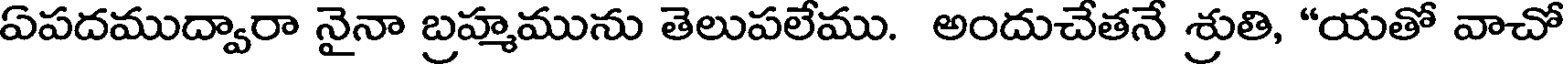
ఏపదముద్వారా నైనా బ్రహ్మమును తెలుపలేము. అందుచేతనే శ్రుతి, "యతో వాచో